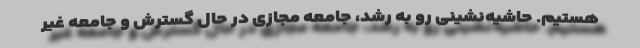
هستیم. حاشیه‌نشینی رو به رشد، جامعه مجازی در حال گسترش و جامعه غیر